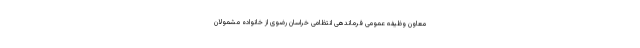
معاون وظیفه عمومی فرماندهی انتظامی خراسان رضوی از خانواده مشمولان